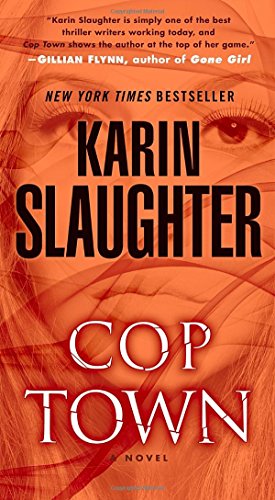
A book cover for Cop Town: A Novel; Karin Slaughter; Mystery, Thriller & Suspense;